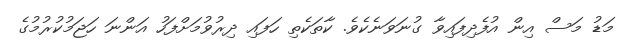
މަޑު މަސް އިން އުފެދިފައިވާ ގުނަވަނެކެވެ. ކާތަކެތި ހަފައި ދިރުވުމަށްފަހު އަންނަ ހަޖަމުކުރުމުގެ